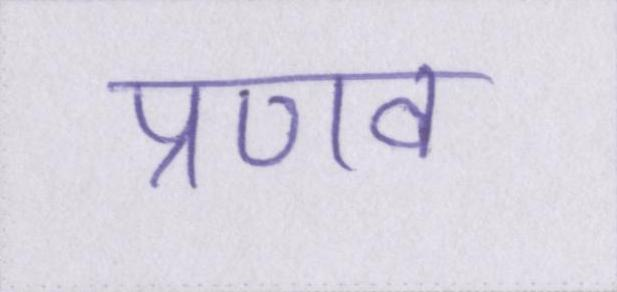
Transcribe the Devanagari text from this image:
प्रणव